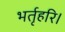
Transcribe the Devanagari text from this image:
भर्तृहरि।